Indian journal of veterinary science and animal husbandry - Volumes 18-21, 1948-1951
Year: 1948
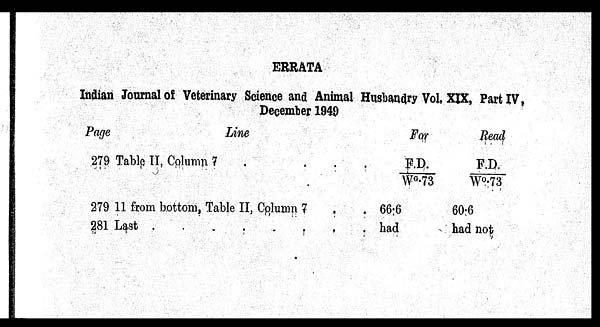
ERRATA
Indian Journal of Veterinary Science and Animal Husbandry Vol. XIX, Part IV,
December 1949
Page
279
279
281
Line
Table II, Column 7
.
.
.
.
11 from bottom, Table II, Column 7 . .
Last
.
.
.
.
.
.
.
.
For
F.D./
W°.73
66.6
had
Read
F.D./
W°.73
60.6
had not